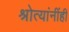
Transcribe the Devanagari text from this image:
श्रोत्यांनींही